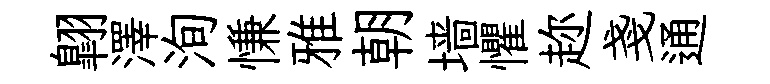
翺澤洵慊雅朝墙懼趂戔通